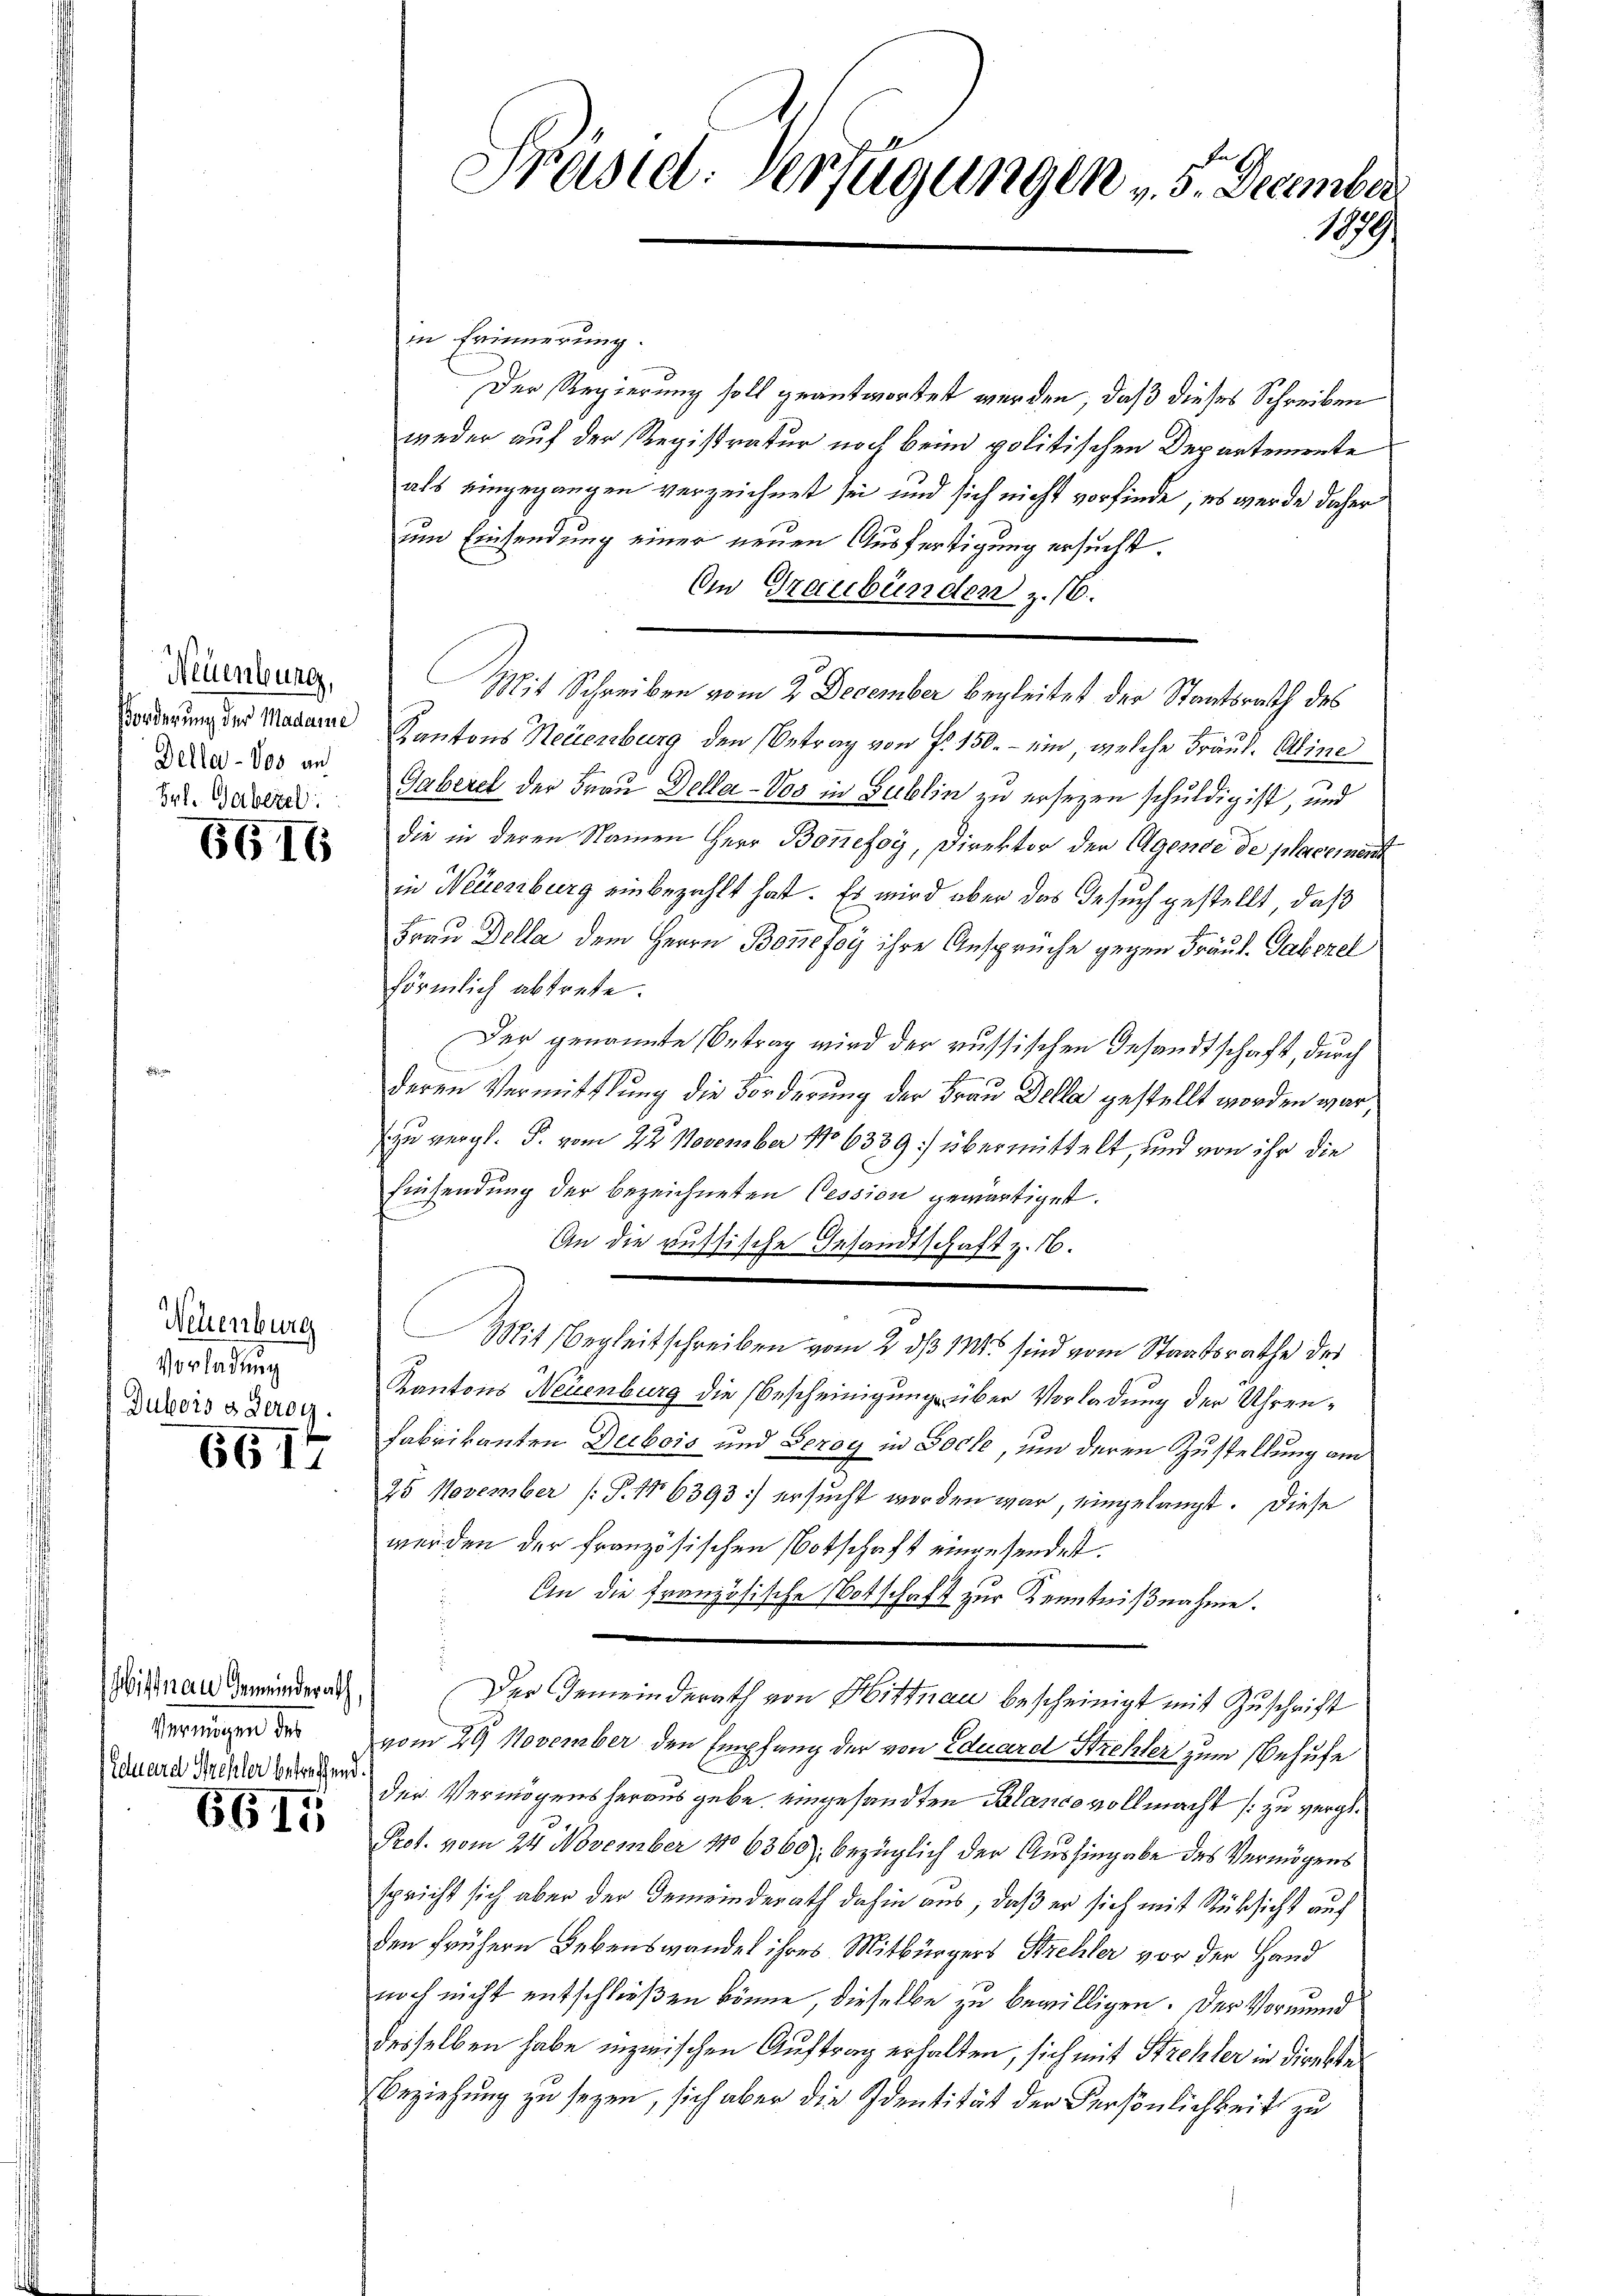
Neuenburg,
Della-Vos and
Prl. Gaberel

6611

Neuenburg
Vorladung
Gubers s derog.

6617

Hittnau Gemeinderath,
Deringen der
Eduard Strehler betreffend.

6615

Präsid. Verfügungen 5. December
1879.

in Erinnerung.
Der Regierung soll geantwortet werden, daß dieses Schreiben
weder auf der Registratur noch beim politischen Departemente
als eingegangen verzeichnet sei und sich nicht vorfinde; es wurde daher
um Einsendung einer neuen Ausfertigung ersucht.
Omn Graubünden z. 16.
Mit Schreiben vom 2. December begleitet der Staatsrath des
Forderung der Madame Kantons Neuenburg den Betrag von P. 150.- ein, welche Fräul. Aline
Gaberel der Frau Dolla-Vos in Gublin zu ersezen schuldig ist, und
die in deren Namen Herr Bonefoy, Direktor der Agende de placement
in Neuenburg einbezahlt hat. Es wird aber das Gesuch gestellt, daß
Frau Della dem Herrn Bonefoy ihre Ansprüche gegen Fräul. Pabszel
förmlich abtrete.
Der genannte Betrag wird der russischen Gesandtschaft, durch
deren Vermittlung die Förderung der Frau Della gestellt worden war,
zu vergl. P. vom 22. November 186339: übermittelt, und von ihr die
Einsendung der bezeichneten Cession gewärtiget.
An die aussische Gesandtschaft z. B.
Mit Begleitschreiben vom 2. ds 143 sind vom Staatsrathe der
Kantons Neuenburg die Bescheinigung über Vorladung der Uhren¬
Fabrikanten Decbois und Geroy in Socke, um deren Zustellung am
25 November (S. No 6393] ersucht worden war, eingelangt. Diese
werden der französischen Botschaft eingesendest.
An die französische Botschaft zur Kenntnißnahme.
Der Gemeinderath von Hittnau bescheinigt mit Zuschrift
vom 29. November den Empfang der von Eduard Strehler zum Behufe
der Vermögens heraus gebe, eingesandten Palanco vollmacht (zu vergl.
Prof. vom 24. November 186360), bezüglich der Aushingabe des Vermögens
spricht sich aber der Gemeinderath dahin aus, daß er sich mit Rücksicht auf
den frühern Lebenswandel ihres Mitbürgers Strehler vor der Hand
noch nicht entschließen könne, dieselbe zu bewilligen. Der Vormund
desselben habe inzwischen Auftrag erhalten, sich mit Strehler in direkte
Beziehung zu seyen, sich aber die Identität der Persönlichkeit zu